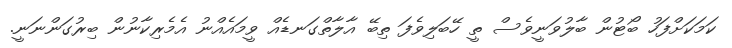
ކަމަކަށްފަހު ބޯޓުން ބާލުވަނީވެސް ތީ ހޭބަލިވެފަ ތިބޭ އާލާތްގަނޑެއް ވީމައެއްނު އެމެރިކާނުން ބިރުގަންނަނީ.